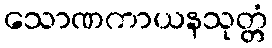
သောဏကာယနသုတ္တံ